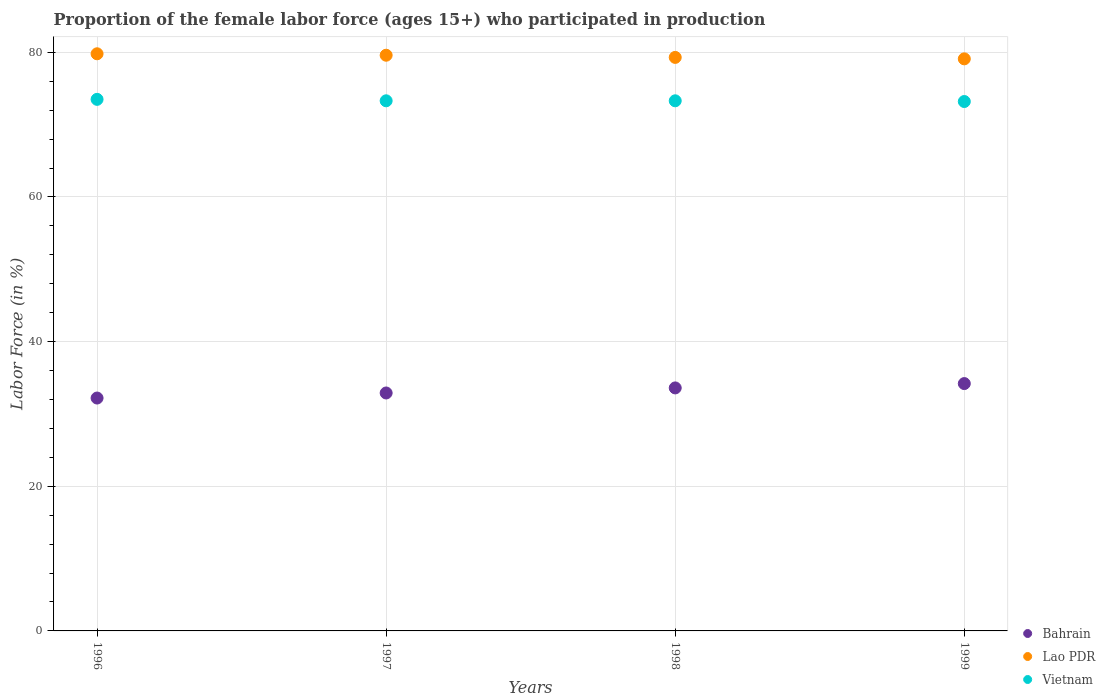
| Years | Bahrain | Lao PDR | Vietnam |
 | --- | --- | --- | --- |
 | 1996 | 32.2 | 79.8 | 73.5 |
 | 1997 | 32.9 | 79.6 | 73.3 |
 | 1998 | 33.6 | 79.3 | 73.3 |
 | 1999 | 34.2 | 79.1 | 73.2 |